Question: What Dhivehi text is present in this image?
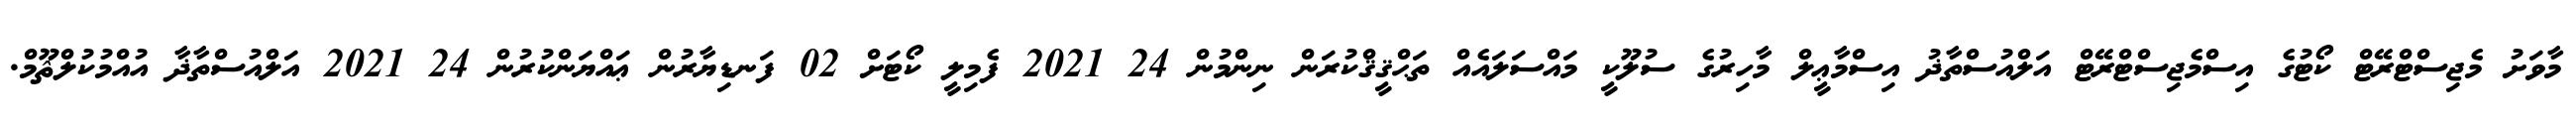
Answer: މާވަށު މެޖިސްޓްރޭޓް ކޯޓުގެ އިސްމެޖިސްޓްރޭޓް އަލްއުސްތާޛު އިސްމާޢީލް މާހިރުގެ ސުލޫކީ މައްސަލައެއް ތަޙްޤީޤްކުރަން ނިންމުން 24 2021 ފެމިލީ ކޯޓަށް 02 ފަނޑިޔާރުން ޢައްޔަންކުރުން 24 2021 އަލްއުސްތާޛާ އުއްމުކުލްޘޫމް.